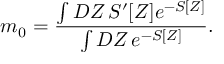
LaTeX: m _ { 0 } = \frac { \int { \cal D } Z \, S ^ { \prime } [ Z ] e ^ { - S [ Z ] } } { \int { \cal D } Z \, e ^ { - S [ Z ] } } .